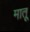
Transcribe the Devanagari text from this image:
मातू